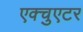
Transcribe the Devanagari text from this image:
एक्चुएटर